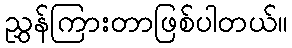
ညွှန်ကြားတာဖြစ်ပါတယ်။